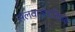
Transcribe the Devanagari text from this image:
सलवातोरजिसके